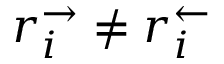
r _ { i } ^ { \rightarrow } \neq r _ { i } ^ { \leftarrow }